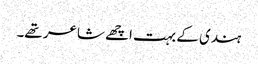
ہندی کے بہت اچھے شاعر تھے۔